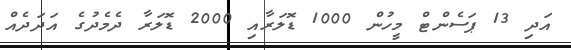
އަދި 13 ޕަސެންޓް މީހުން 1000 ޑޮލަރާއި 2000 ޑޮލަރާ ދެމެދުގެ އަދަދެއް